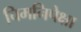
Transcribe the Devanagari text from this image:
चिमनिपेक्षा